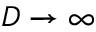
D \to \infty